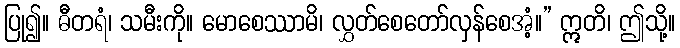
ပြု၍။ ဓီတရံ၊ သမီးကို။ မောစေဿာမိ၊ လွှတ်စေတော်လှန်စေအံ့။” ဣတိ၊ ဤသို့။